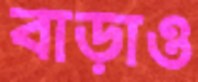
বাড়াও